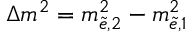
\Delta m ^ { 2 } = m _ { \tilde { e } , 2 } ^ { 2 } - m _ { \tilde { e } , 1 } ^ { 2 }